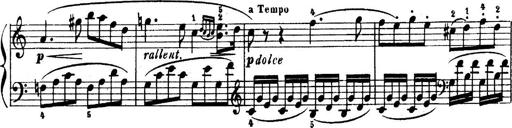
Title: 6 Piano Sonatinas
Composer: Cornelius Gurlitt